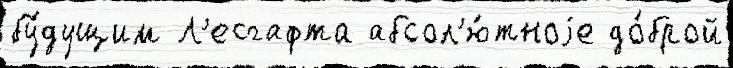
бу́дущим Л'есгафта абсол'ю́тноjе до́брой